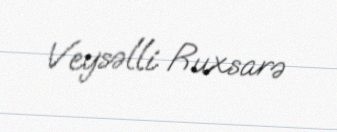
Veysəlli Ruxsarə